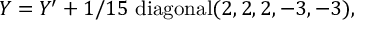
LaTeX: Y = Y ^ { \prime } + 1 / 1 5 ~ \mathrm { d i a g o n a l } ( 2 , 2 , 2 , - 3 , - 3 ) ,